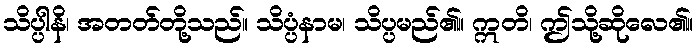
သိပ္ပါနိ၊ အတတ်တို့သည်။ သိပ္ပံနာမ၊ သိပ္ပမည်၏။ ဣတိ၊ ဤသို့ဆိုလေ၏။